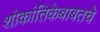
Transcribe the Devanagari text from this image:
शोकांतिकेबाबतचे